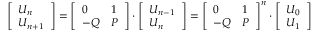
{ \left[ \begin{array} { l } { U _ { n } } \\ { U _ { n + 1 } } \end{array} \right] } = { \left[ \begin{array} { l l } { 0 } & { 1 } \\ { - Q } & { P } \end{array} \right] } \cdot { \left[ \begin{array} { l } { U _ { n - 1 } } \\ { U _ { n } } \end{array} \right] } = { \left[ \begin{array} { l l } { 0 } & { 1 } \\ { - Q } & { P } \end{array} \right] } ^ { n } \cdot { \left[ \begin{array} { l } { U _ { 0 } } \\ { U _ { 1 } } \end{array} \right] }